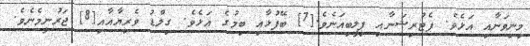
މިނިވަނާއި އަޅެވެ. ޕެޓުރިޝަނާއި ޕިލީބިއަނެވެ.[7] ބޭފުޅާއި ބިމުގެ އަޅެވެ. ގިލްޑު ވެރިޔާއާއި[8] ޖަރުނީމެނެވެ.